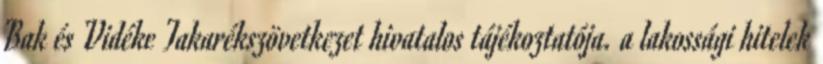
Bak és Vidéke Takarékszövetkezet hivatalos tájékoztatója. a lakossági hitelek